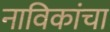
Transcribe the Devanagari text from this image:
नाविकांचा